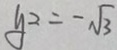
y ^ { 2 } = - \sqrt { 3 }